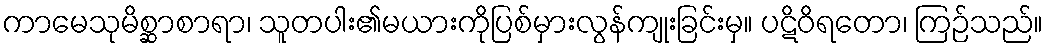
ကာမေသုမိစ္ဆာစာရာ၊ သူတပါး၏မယားကိုပြစ်မှားလွန်ကျုးခြင်းမှ။ ပဋိဝိရတော၊ ကြဉ်သည်။